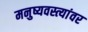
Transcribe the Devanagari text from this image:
मनुष्यवस्त्यांवर